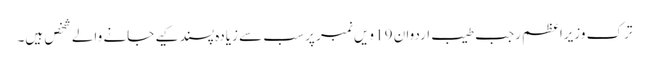
ترک وزیراعظم رجب طیب اردوان 19 ویں نمبر پر سب سے زیادہ پسند کیے جانے والے شخص ہیں۔